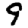
Digit: 9